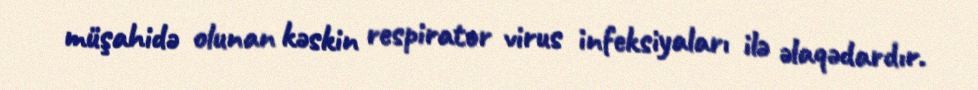
müşahidə olunan kəskin respirator virus infeksiyaları ilə əlaqədardır.